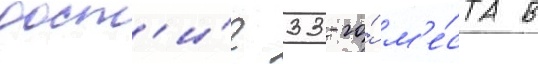
дост'и́г 33-го́ м'е́ста в